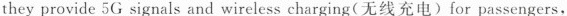
they provide 5G signals and wireless charging(无线充电) for passengers,